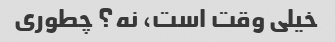
خیلی وقت است، نه؟ چطوری